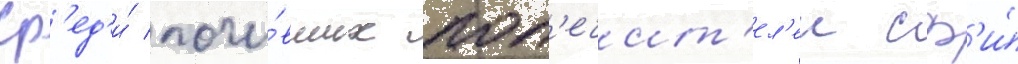
Ср'ед'и́ почи́вших поп'ечит'ел'еи сф'и́